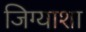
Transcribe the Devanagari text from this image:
जिग्याशा